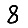
Digit: 8